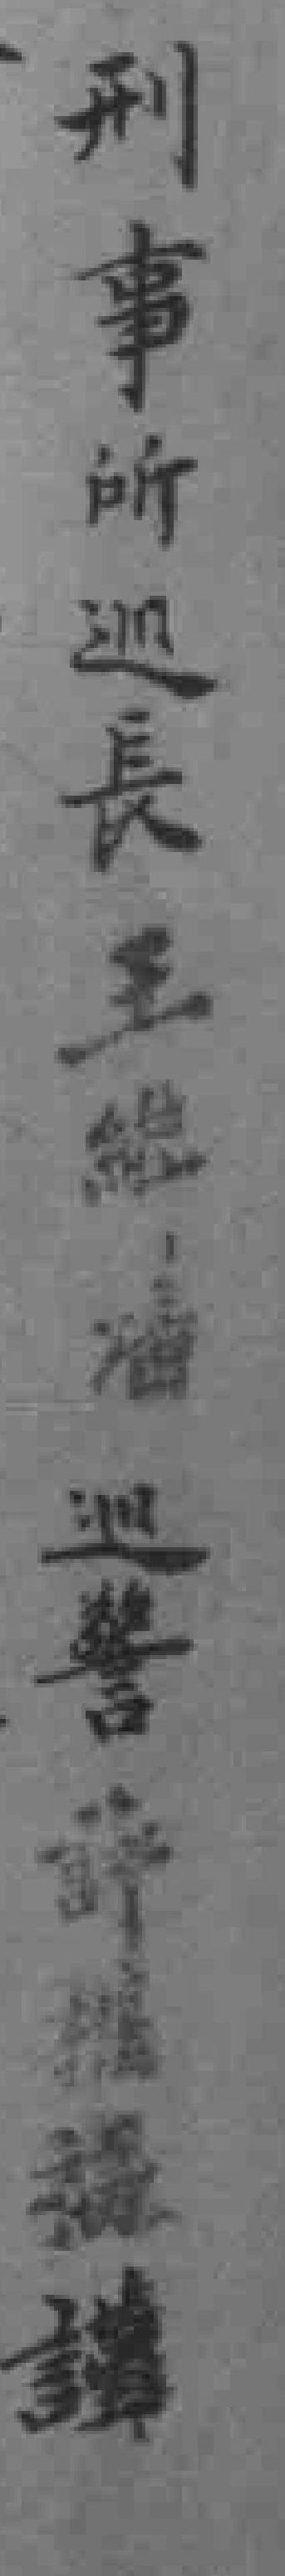
刑事所巡長王維*巡警許*